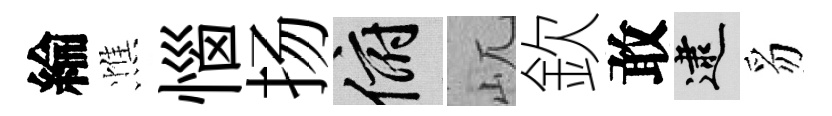
綸憔惱扬俯屼欽敢逮豸